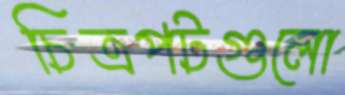
চিত্রপটগুলো